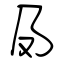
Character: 夃